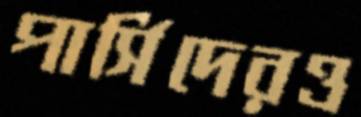
পার্সিদেরও